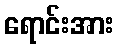
ရောင်းအား